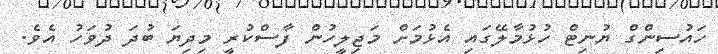
ހައުސިންގް ޔުނިޓް ހުޅުމާލޭގައި އެޅުމަށް މަޖިލީހުން ފާސްކުރީ މިދިޔަ ބުދަ ދުވަހު އެވެ.